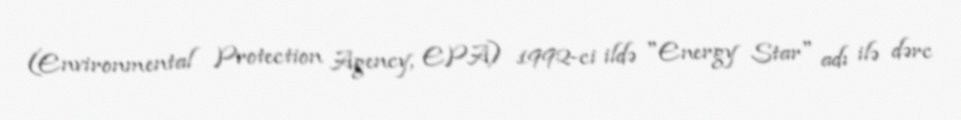
(Environmental Protection Agency, EPA) 1992-ci ildə "Energy Star" adı ilə dərc